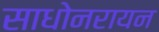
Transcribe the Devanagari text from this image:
साधोनरायन